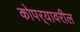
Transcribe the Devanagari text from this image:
कोपर्‍यावरील